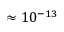
\approx 1 0 ^ { - 1 3 }